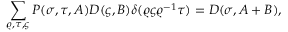
\sum _ { \varrho , \tau , \varsigma } P ( \sigma , \tau , A ) D ( \varsigma , B ) \delta ( \varrho \varsigma \varrho ^ { - 1 } \tau ) = D ( \sigma , A + B ) ,